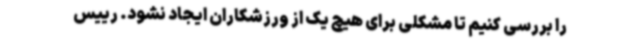
را بررسی کنیم تا مشکلی برای هیچ یک از ورزشکاران ایجاد نشود. رییس